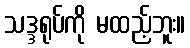
သဒ္ဒရုပ်ကို မထည့်ဘူး။